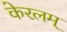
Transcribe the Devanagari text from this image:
केरलम्